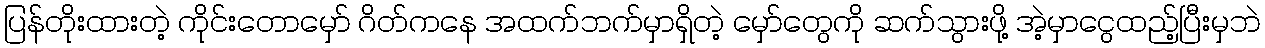
ပြန်တိုးထားတဲ့ ကိုင်းတောမှော် ဂိတ်ကနေ အထက်ဘက်မှာရှိတဲ့ မှော်တွေကို ဆက်သွားဖို့ အဲ့မှာငွေထည့်ပြီးမှဘဲ